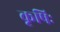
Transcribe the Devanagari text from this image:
कृषिः